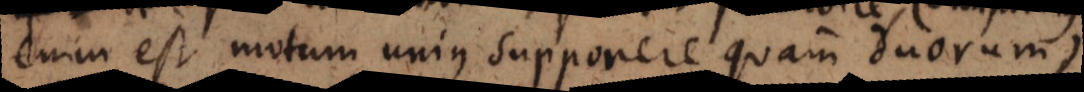
enim est motum unius supponere quam duorum)